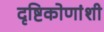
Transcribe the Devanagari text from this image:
दृष्टिकोणांशी